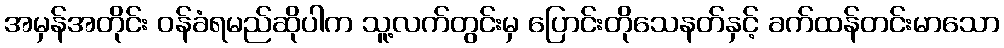
အမှန်အတိုင်း ဝန်ခံရမည်ဆိုပါက သူ့လက်တွင်းမှ ပြောင်းတိုသေနတ်နှင့် ခက်ထန်တင်းမာသော